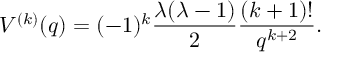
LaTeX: V ^ { ( k ) } ( q ) = ( - 1 ) ^ { k } \frac { \lambda ( \lambda - 1 ) } { 2 } \frac { ( k + 1 ) ! } { q ^ { k + 2 } } .